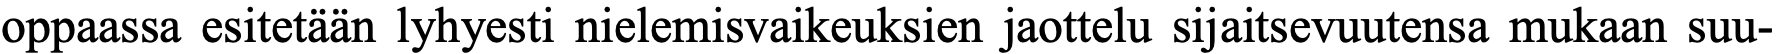
oppaassa esitetään lyhyesti nielemisvaikeuksien jaottelu sijaitsevuutensa mukaan suu-